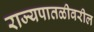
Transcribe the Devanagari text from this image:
राज्यपातळीवरील